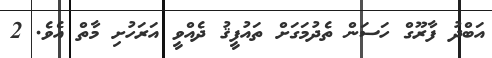
އަބްދު ފާރޫގް ހަސަން ތެދުމަގަށް ތައުފީޤު ދެއްވީ އަރަހުށި މާތް އެވެ. 2